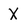
Character: X